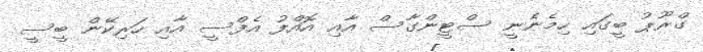
ގްރޫޕު ބީގައި ހިމެނެނީ ސްޓީންގާސް އާއި އޮއްފު އެފްސީ އާއި ހަރިކޭން ބީސީ